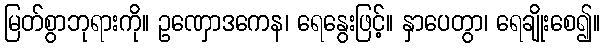
မြတ်စွာဘုရားကို။ ဥဏှောဒကေန၊ ရေနွေးဖြင့်။ နှာပေတွာ၊ ရေချိုးစေ၍။